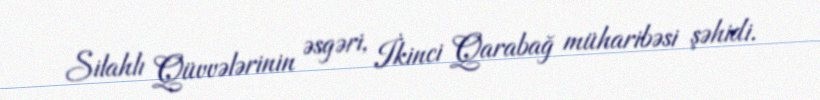
Silahlı Qüvvələrinin əsgəri, İkinci Qarabağ müharibəsi şəhidi.